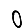
Digit: 0